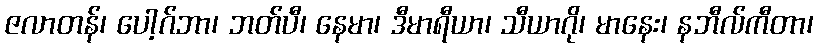
ဇလာတန်၊ ပေါ့ဂ်ဘာ၊ ဘတ်ပီ၊ နေမာ၊ ဒီမာရီယာ၊ သီယာဂို၊ မာနေး၊ နဘီလ်ကီတာ၊